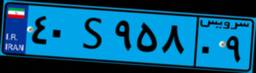
۴۰S۹۵۸۰۹